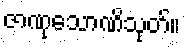
ဇာဏုသောဏိသုတ်။